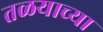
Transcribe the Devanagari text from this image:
तळयाच्या